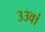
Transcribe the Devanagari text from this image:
३३वां